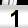
Digit: 1